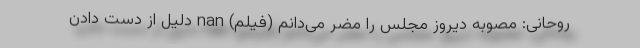
روحانی: مصوبه دیروز مجلس را مضر می‌دانم (فیلم) nan دلیل از دست دادن